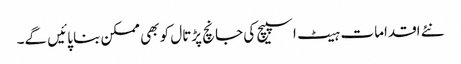
نئے اقدامات ہیٹ اسپیچ کی جانچ پڑتال کو بھی ممکن بنا پائیں گے۔